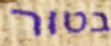
בטור